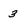
Character: 3